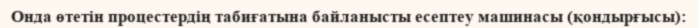
Онда өтетін процестердің табиғатына байланысты есептеу машинасы (қондырғысы):